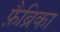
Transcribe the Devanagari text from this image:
फ़ैब्रिका